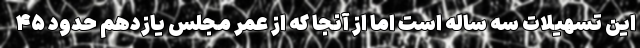
این تسهیلات سه ساله است اما از آنجا که از عمر مجلس یازدهم حدود ۴۵